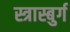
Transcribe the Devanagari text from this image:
स्त्रास्बुर्ग